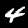
Label: 4